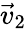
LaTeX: \vec{v}_{2}